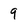
Character: 9